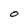
Character: o